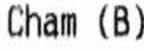
CHAM (B)